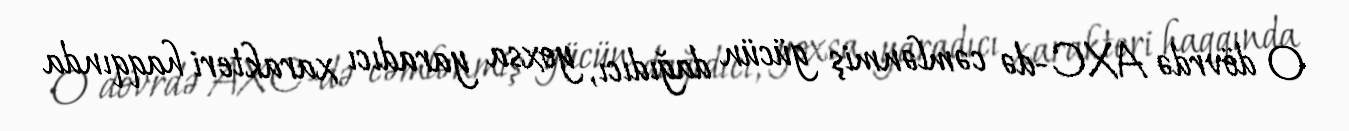
O dövrdə AXC-də cəmlənmiş gücün dağıdıcı, yoxsa yaradıcı xarakteri haqqında